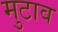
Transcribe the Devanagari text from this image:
मुटाव